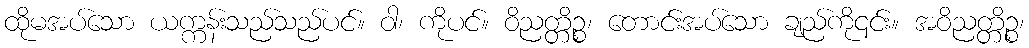
ထိုမအပ်သော ယက္ကန်းသည်သည်ပင်။ ဝါ၊ ကိုပင်။ ဝိညတ္တိဉ္စ၊ တောင်းအပ်သော ချည်ကို၎င်း။ အဝိညတ္တိဉ္စ၊